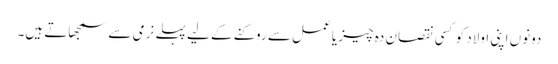
دونوں اپنی اولاد کو کسی نقصان دہ چیز یا عمل سے روکنے کے لیے پہلے نرمی سے سمجھاتے ہیں۔